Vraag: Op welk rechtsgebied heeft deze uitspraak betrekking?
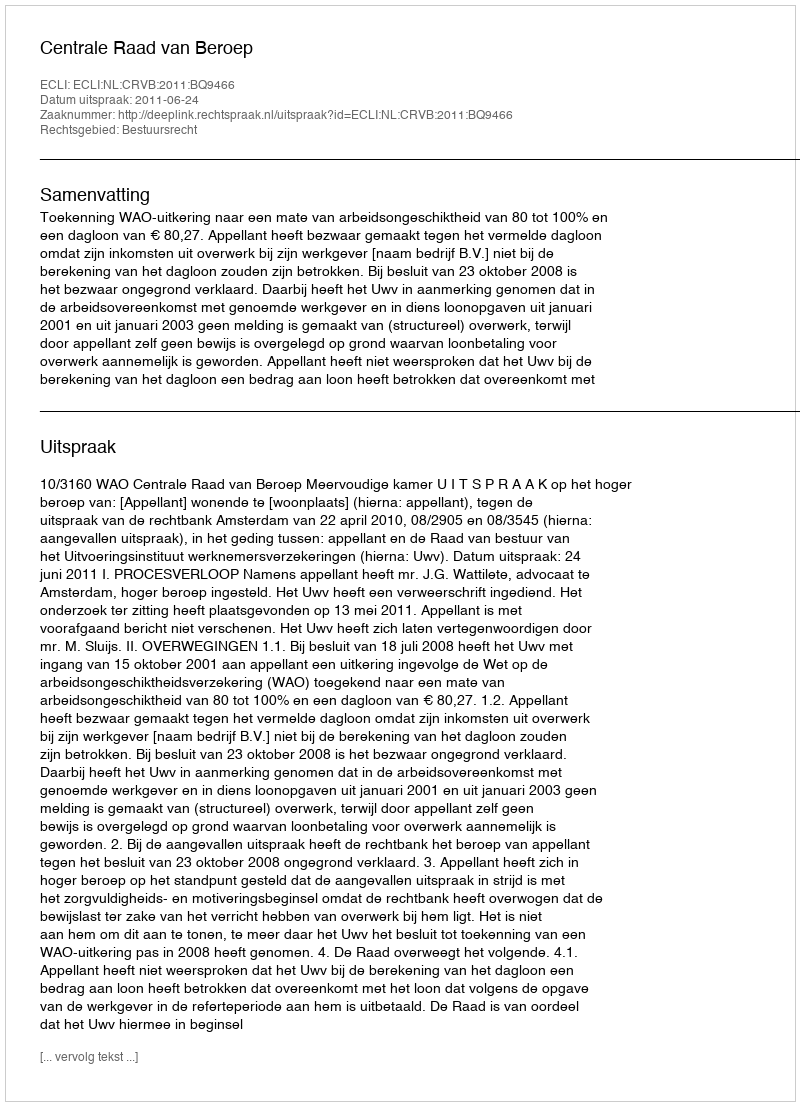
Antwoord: Bestuursrecht